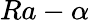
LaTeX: Ra-\alpha